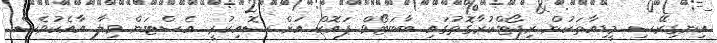
އިނގިރޭސި މީޑިއާތަކުން ރިޕޯޓްކުރާގޮތުގައި ބާބަޓޯވް ޕައޮކް އަށް ސޮއިކުރީ އެސްޓަން ވިލާ އާއެކުވެސް